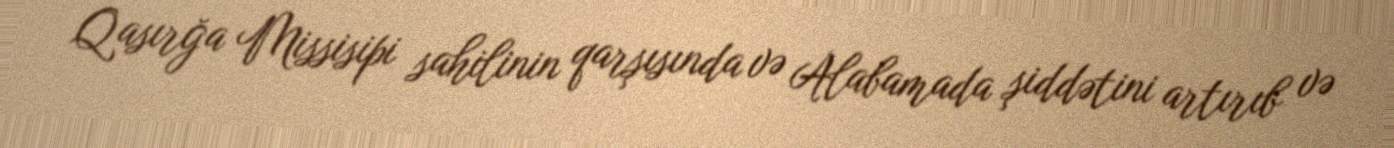
Qasırğa Missisipi sahilinin qarşısında və Alabamada şiddətini artırıb və